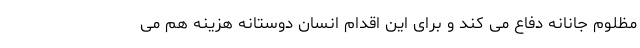
مظلوم جانانه دفاع می کند و برای این اقدام انسان دوستانه هزینه هم می